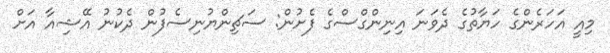
މިއީ އަހަރެންގެ ހަޔާތުގެ ދެވަނަ އިނިންގްސްގެ ފެށުން: ސަޗިންޔުނިސެފުން ދެކުނު އޭޝިއާ އަށް